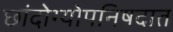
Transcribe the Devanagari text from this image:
छांदोग्योपनिषदात